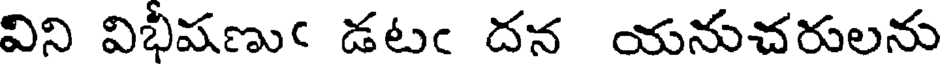
విని విభీషణుఁ డటఁ దన యనుచరులను